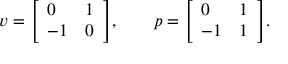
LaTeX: v = { \left[ \begin{array} { l l } { 0 } & { 1 } \\ { - 1 } & { 0 } \end{array} \right] } , \qquad p = { \left[ \begin{array} { l l } { 0 } & { 1 } \\ { - 1 } & { 1 } \end{array} \right] } .